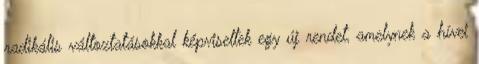
radikális változtatásokkal képviseltek egy új rendet, amelynek a hívei